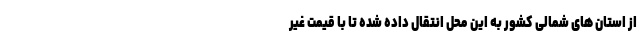
از استان های شمالی کشور به این محل انتقال داده شده تا با قیمت غیر